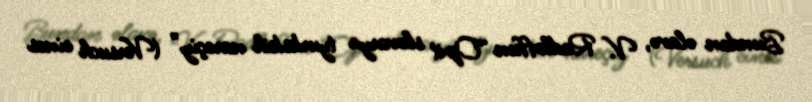
Bundan əlavə, V. Radloffun “Opit slovarya tyurkskih nareçiy” (Versuch eines